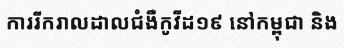
ការរីករាលដាលជំងឺកូវីដ១៩ នៅកម្ពុជា និង